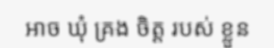
អាច ឃុំ គ្រង ចិត្ត របស់ ខ្លួន